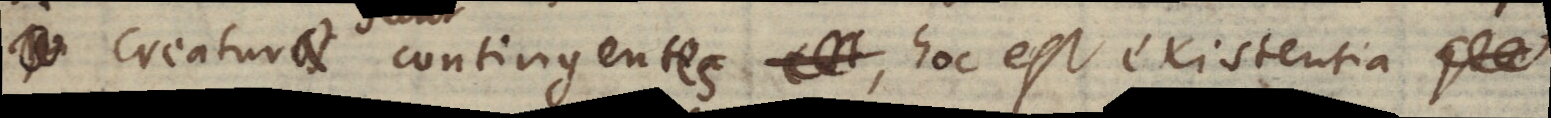
Creaturae contingentes, hoc est existentia